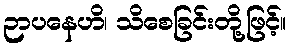
ဉာပနေဟိ၊ သိစေခြင်းတို့ဖြင့်။